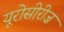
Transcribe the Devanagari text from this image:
यूरोसीरीज़